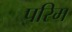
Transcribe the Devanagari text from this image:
परिम